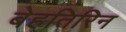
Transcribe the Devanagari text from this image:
बेहतिरिन